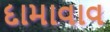
દામાવાવ